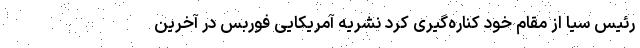
رئیس سیا از مقام خود کناره‌گیری کرد نشریه آمریکایی فوربس در آخرین